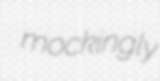
mockingly